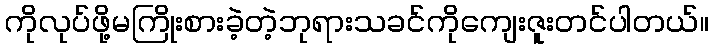
ကိုလုပ်ဖို့မကြိုးစားခဲ့တဲ့ဘုရားသခင်ကိုကျေးဇူးတင်ပါတယ်။